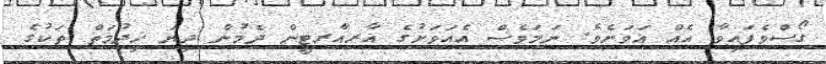
ގޯސްވެފައިވާ އެއް އަވަށެވެ. ނަމަވެސް އެއަވަށުގެ އާރއާރޓީން ދެމުން ދިޔަ ޚިދުމަތް ތަކުގެ